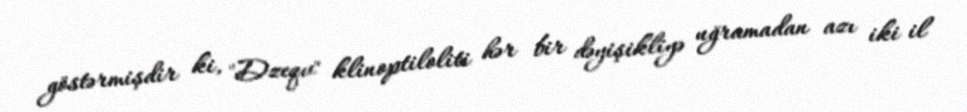
göstərmişdir ki, "Dzeqv" klinoptiloliti hər bir dəyişikliyə uğramadan azı iki il